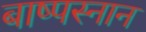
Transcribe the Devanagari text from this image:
बाष्पस्नान